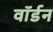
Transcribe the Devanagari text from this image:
वॉर्डन